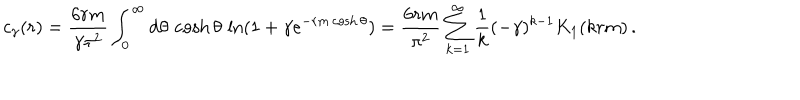
c _ { \gamma } ( r ) = \frac { 6 r m } { \gamma \pi ^ { 2 } } \int _ { 0 } ^ { \infty } \mathrm { d } \theta \, \cosh \theta \, \ln ( 1 + \gamma e ^ { - r m \cosh \theta } ) = \frac { 6 r m } { \pi ^ { 2 } } \sum _ { k = 1 } ^ { \infty } \frac { 1 } { k } ( - \gamma ) ^ { k - 1 } K _ { 1 } ( k r m ) \, .